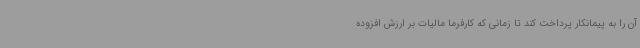
آن را به پیمانکار پرداخت کند تا زمانی که کارفرما مالیات بر ارزش افزوده